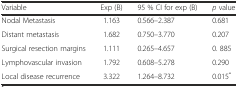
<table><thead><tr><td><b>Variable</b></td><td><b>Exp (B)</b></td><td><b>95 % CI for exp (B)</b></td><td><b><i>p</i> value</b></td></tr></thead><tbody><tr><td>Nodal Metastasis</td><td>1.163</td><td>0.566–2.387</td><td>0.681</td></tr><tr><td>Distant metastasis</td><td>1.682</td><td>0.750–3.770</td><td>0.207</td></tr><tr><td>Surgical resection margins</td><td>1.111</td><td>0.265–4.657</td><td>0. 885</td></tr><tr><td>Lymphovascular invasion</td><td>1.792</td><td>0.608–5.278</td><td>0.290</td></tr><tr><td>Local disease recurrence</td><td>3.322</td><td>1.264–8.732</td><td>0.015<sup>*</sup></td></tr></tbody></table>